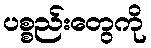
ပစ္စည်းတွေကို